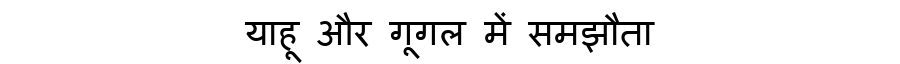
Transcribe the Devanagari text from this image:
याहू और गूगल में समझौता